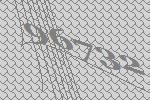
96732